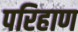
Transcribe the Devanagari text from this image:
परिहाण